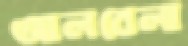
আলবেলা